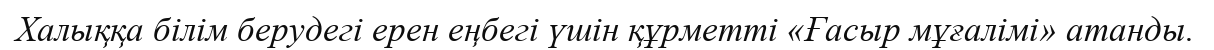
Халыққа білім берудегі ерен еңбегі үшін құрметті «Ғасыр мұғалімі» атанды.